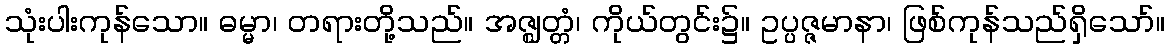
သုံးပါးကုန်သော။ ဓမ္မာ၊ တရားတို့သည်။ အဇ္ဈတ္တံ၊ ကိုယ်တွင်း၌။ ဥပ္ပဇ္ဇမာနာ၊ ဖြစ်ကုန်သည်ရှိသော်။